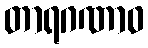
တာရဂဏာဝ